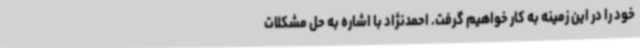
خود را در این زمینه به کار خواهیم گرفت. احمدنژاد با اشاره به حل مشکلات